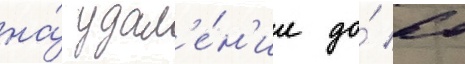
на́ удал'е́н'ии до́ 60